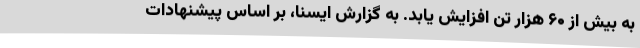
به بیش از ۶۰ هزار تن افزایش یابد. به گزارش ایسنا، بر اساس پیشنهادات